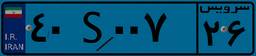
۴۰S۰۰۷۲۶